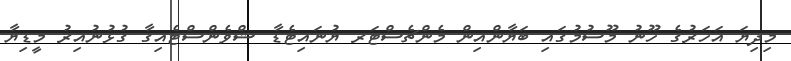
މިދިޔަ އަހަރުގެ ހޫނު މޫސުމުގައި ބަޔާންއިން މެންޗެސްޓަރ ޔުނައިޓެޑާ ޝްވެންސްޓެއިގާ ގުޅުނުއިރު މީޑިޔާ